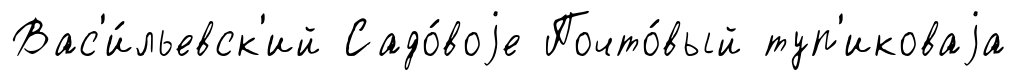
Вас'и́льевск'ий Садо́воjе Почто́вый туп'иковаjа